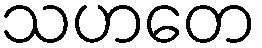
သဟတေ